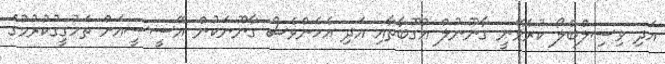
އަދި ވިސިލްބްލޯ ކުރެވޭނީ ގާނޫނުލް އުގޫބާތާއި އަދި އެހެންވެސް ގާނޫނަކުން އޭސީސީއަށް ތަހުގީގުކުރުމުގެ